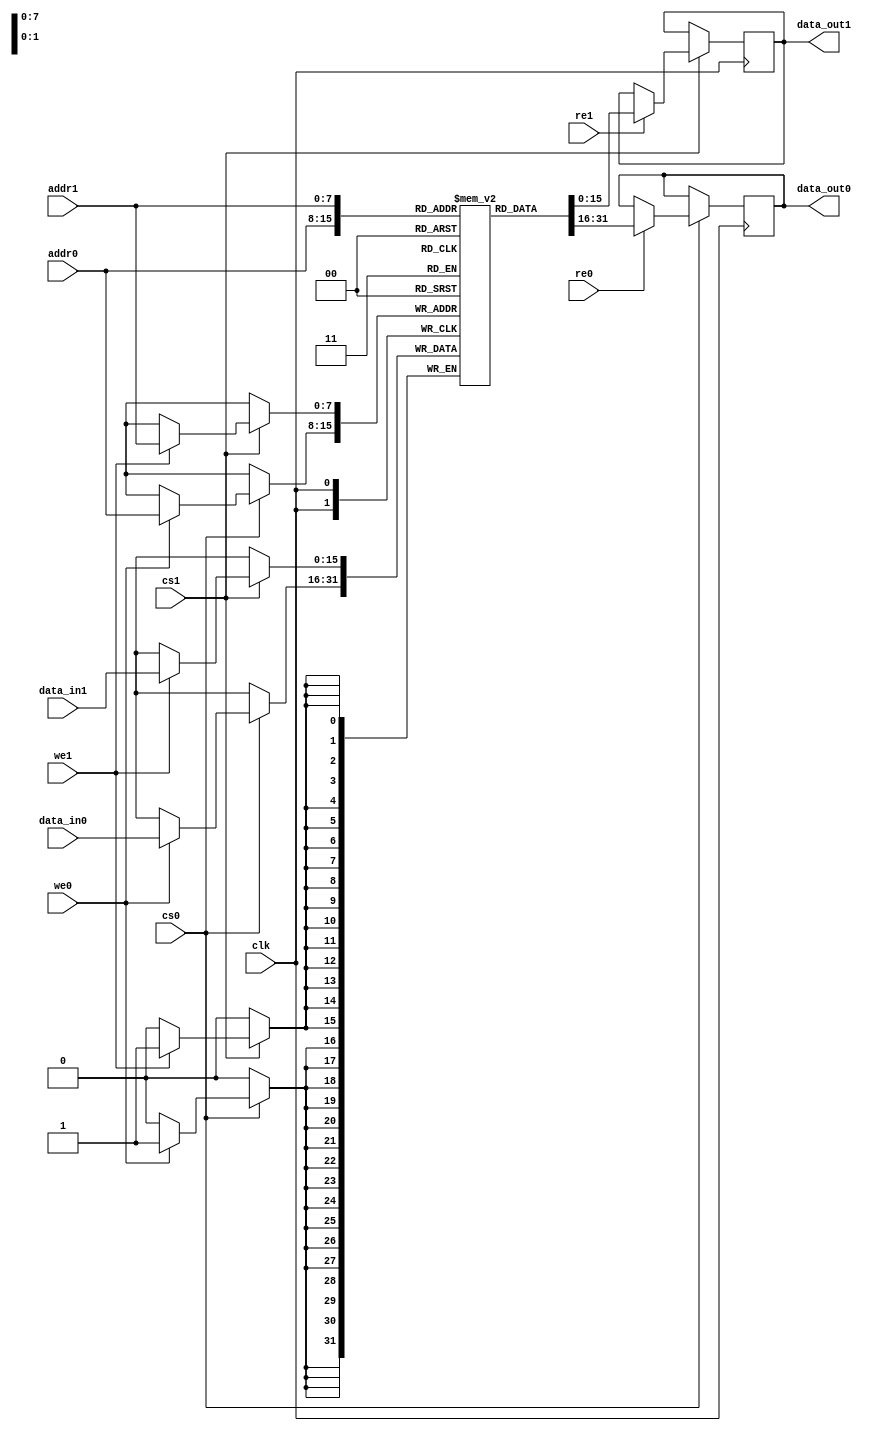
module MPSRAM #(
    parameter ADDR_WIDTH = 8, // Address width
    parameter DATA_WIDTH = 16, // Data width
    parameter DEPTH = 256 // Depth of memory (2^ADDR_WIDTH)
)(
    input wire clk, // Clock signal
    input wire cs0, // Chip Select for Port 0
    input wire we0, // Write Enable for Port 0
    input wire re0, // Read Enable for Port 0
    input wire [ADDR_WIDTH-1:0] addr0, // Address for Port 0
    input wire [DATA_WIDTH-1:0] data_in0, // Data input for Port 0
    output reg [DATA_WIDTH-1:0] data_out0, // Data output for Port 0

    input wire cs1, // Chip Select for Port 1
    input wire we1, // Write Enable for Port 1
    input wire re1, // Read Enable for Port 1
    input wire [ADDR_WIDTH-1:0] addr1, // Address for Port 1
    input wire [DATA_WIDTH-1:0] data_in1, // Data input for Port 1
    output reg [DATA_WIDTH-1:0] data_out1 // Data output for Port 1
);

    // Memory array declaration
    reg [DATA_WIDTH-1:0] mem_array [0:DEPTH-1];

    // Port 0 operations
    always @(posedge clk) begin
        if (cs0) begin
            if (we0) begin
                // Write operation for Port 0
                mem_array[addr0] <= data_in0;
            end
            if (re0) begin
                // Read operation for Port 0
                data_out0 <= mem_array[addr0];
            end
        end
    end

    // Port 1 operations
    always @(posedge clk) begin
        if (cs1) begin
            if (we1) begin
                // Write operation for Port 1
                mem_array[addr1] <= data_in1;
            end
            if (re1) begin
                // Read operation for Port 1
                data_out1 <= mem_array[addr1];
            end
        end
    end

endmodule